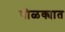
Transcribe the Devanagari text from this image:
घोळक्यात